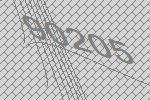
90205